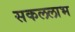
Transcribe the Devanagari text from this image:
सकललाभ